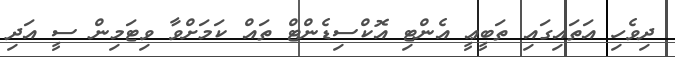
ދިވެހި އަތައިގައި ތަބީޢީ އެންޓި އޮކްސިޑެންޓް ތައް ކަމަށްވާ ވިޓަމިން ސީ އަދި